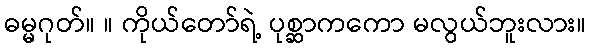
ဓမ္မဂုတ်။ ။ ကိုယ်တော်ရဲ့ ပုစ္ဆာကကော မလွယ်ဘူးလား။